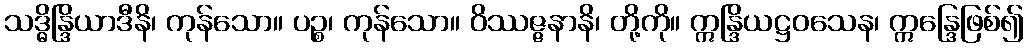
သဒ္ဓိန္ဒြိယာဒီနိ၊ ကုန်သော။ ပဉ္စ၊ ကုန်သော။ ဝိဿဇ္ဇနာနိ၊ တို့ကို။ ဣန္ဒြိယဋ္ဌဝသေန၊ ဣန္ဒြေဖြစ်၍